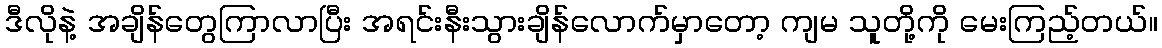
ဒီလိုနဲ့ အချိန်တွေကြာလာပြီး အရင်းနီးသွားချိန်လောက်မှာတော့ ကျမ သူတို့ကို မေးကြည့်တယ်။